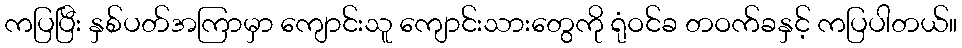
ကပြပြီး နှစ်ပတ်အကြာမှာ ကျောင်းသူ ကျောင်းသားတွေကို ရုံဝင်ခ တဝက်ခနှင့် ကပြပါတယ်။